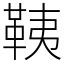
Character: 䩟